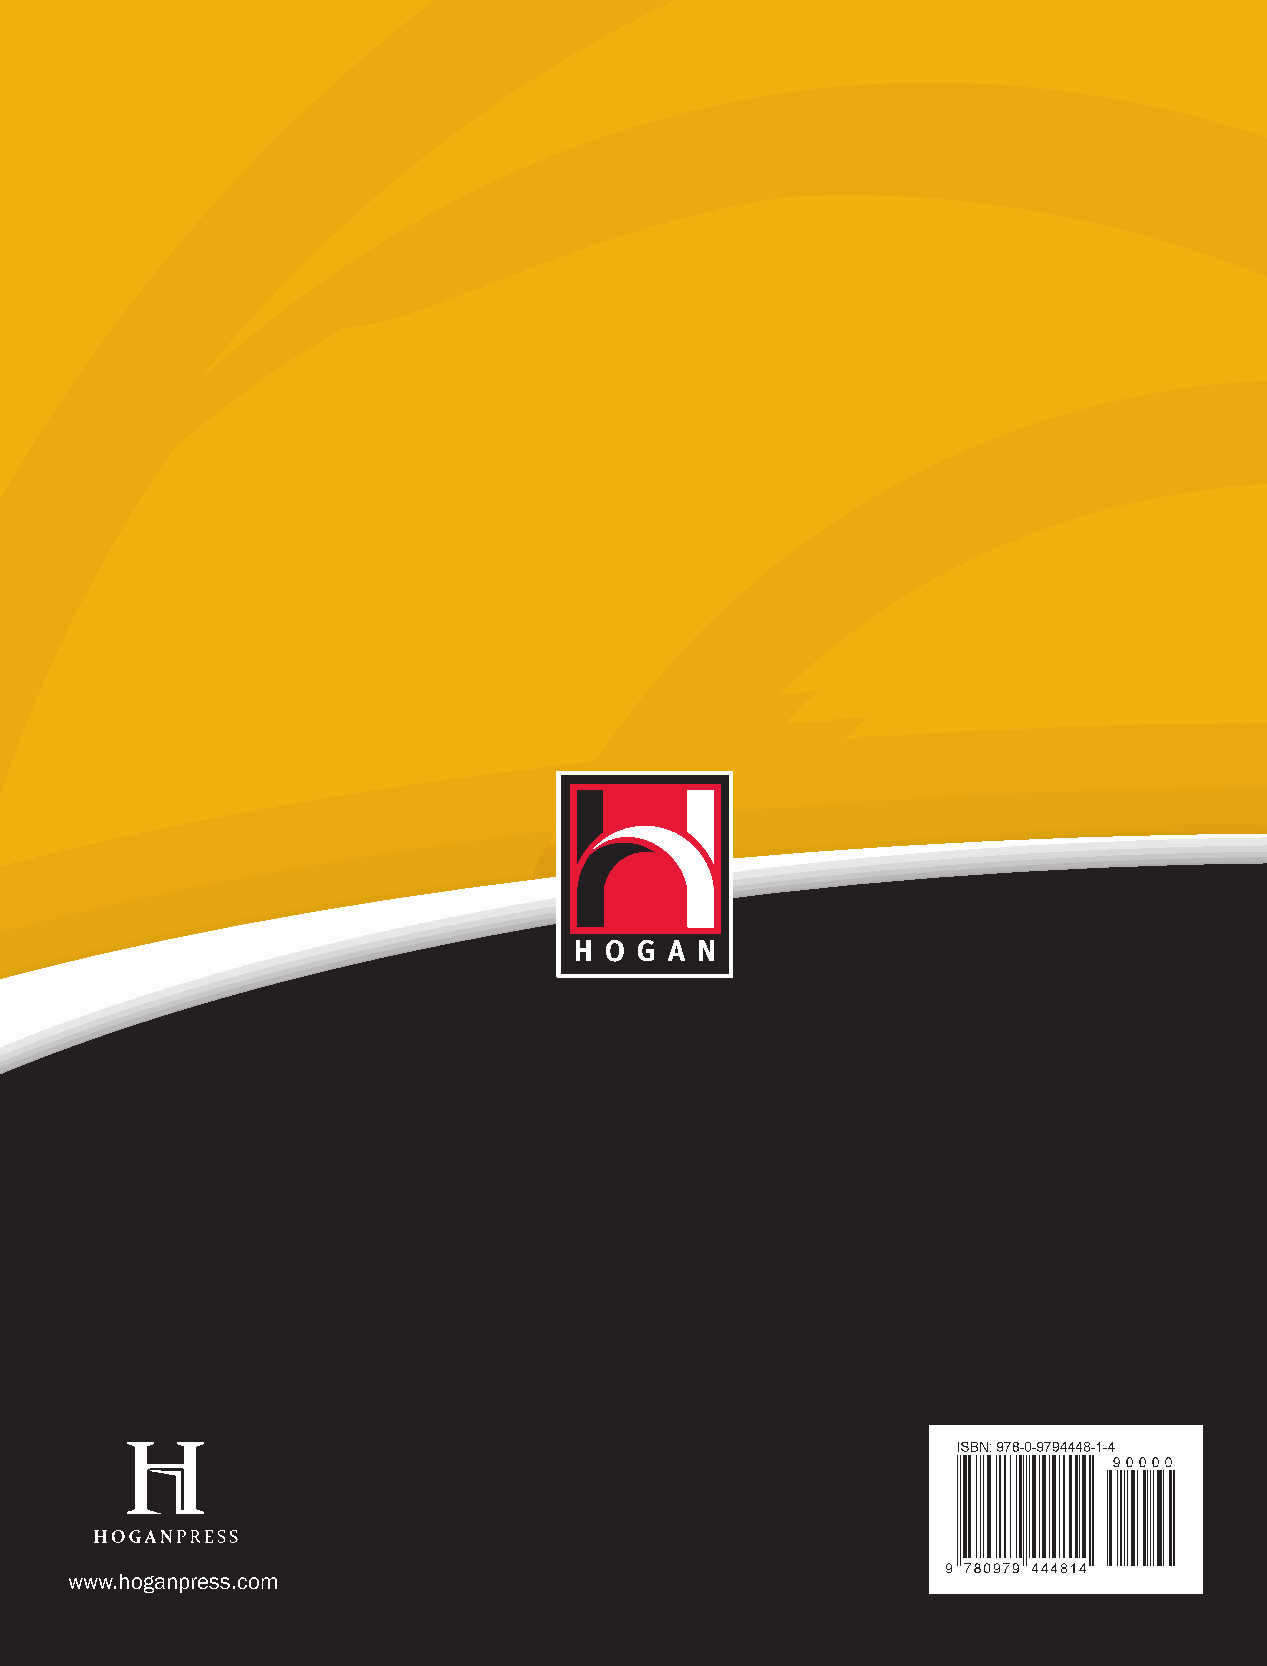
H  O  G  A  N
 P  E R  S  O  N  A  L I T Y
 I N  V E  N  T O  R  Y
 M     A     N    U     A     L
 RobeRt Hogan, PH.D. Joyce Hogan , PH.D.
 www.hoganpress.com
 HOGAN
 PERSONALITY
 INVENTORY
 MANUAL
 RobeRt
 Hogan,
 PH.D.
 Joyce
 Hogan,
 PH.D.